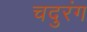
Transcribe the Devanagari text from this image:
चदुरंग